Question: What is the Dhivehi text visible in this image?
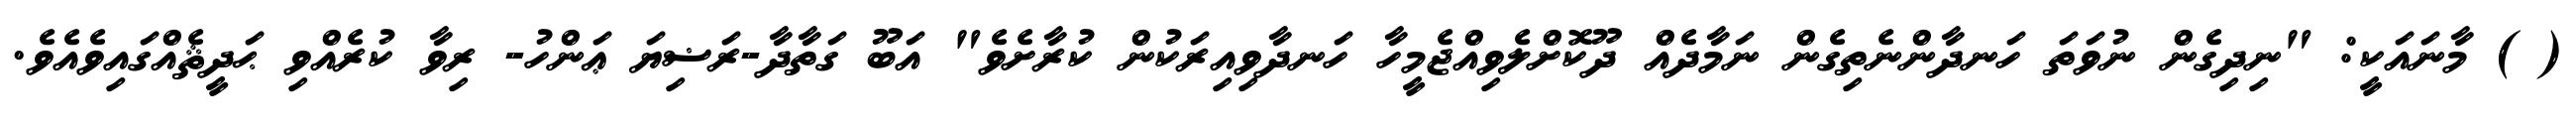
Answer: ( ) މާނައަކީ: "ނިދިގެން ނުވަތަ ހަނދާންނެތިގެން ނަމާދެއް ދޫކޮށްލެވިއްޖެމީހާ ހަނދާވިއިރަކުން ކުރާށެވެ" އަބޫ ގަތާދާ-ރަޟިޔަ ޢަންހު- ރިވާ ކުރެއްވި ޙަދީޘެއްގައިވެއެވެ.